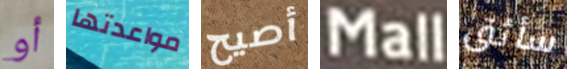
أو مواعدتها أصيح Mall سأثق